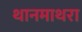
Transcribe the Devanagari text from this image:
थानमाथरा